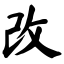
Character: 改